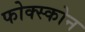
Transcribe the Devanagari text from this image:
फोक्स्कोन